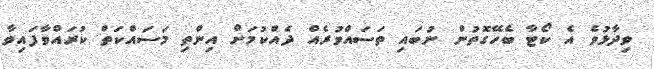
ވިދާޅުވެ އެ ކޯޓާ ބެހޭގޮތުން ނުބައި ތަސައްވުރެއް ދެއްކުމަށް އިންތި މަސައްކަތް ކުރައްވާފައިވާ